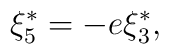
\xi _{5}^{\ast }=-e\xi _{3}^{\ast },